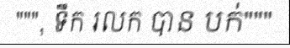
""", ទឹក រលក បាន បក់"""